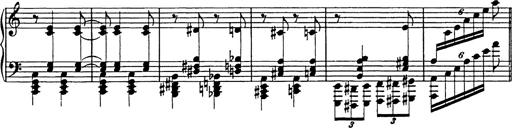
Title: Galop in A minor
Composer: Franz Liszt
Key: A minor